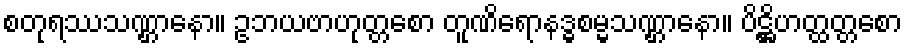
စတုရဿသဏ္ဌာနော။ ဥဘယဗာဟုတ္တစော တူဏိရောနဒ္ဓစမ္မသဏ္ဌာနော။ ပိဋ္ဌိဟတ္ထတ္တစော